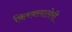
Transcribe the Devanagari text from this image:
किरक्लालेरी